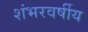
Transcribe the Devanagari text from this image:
शंभरवर्षीय